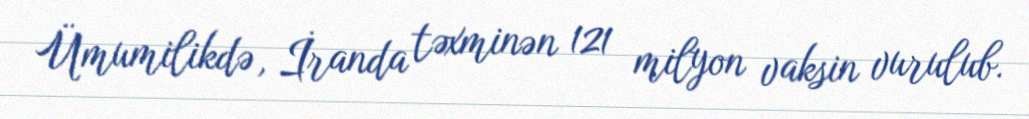
Ümumilikdə, İranda təxminən 121 milyon vaksin vurulub.